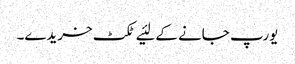
یورپ جانے کے لئیے ٹکٹ خریدے۔